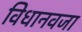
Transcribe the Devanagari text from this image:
विधानवजा